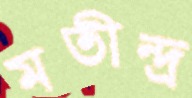
মতীন্দ্র